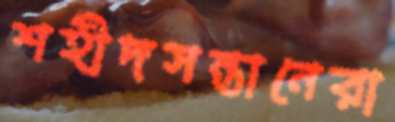
শহীদসন্তানেরা